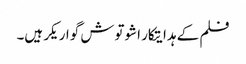
فلم کے ہدایتکار اشوتوش گواریکر ہیں۔